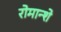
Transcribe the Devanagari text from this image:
रोमान्शे